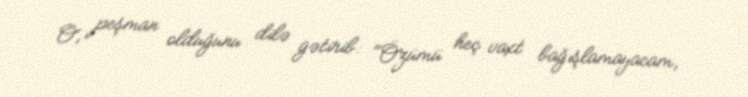
O, peşman olduğunu dilə gətirib: "Özümü heç vaxt bağışlamayacam,